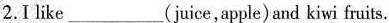
2.I like___(juice,apple) and kiwi fruits.